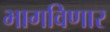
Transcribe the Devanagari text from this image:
भागविणार